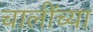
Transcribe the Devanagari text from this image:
चालींच्या